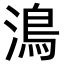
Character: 𩾯